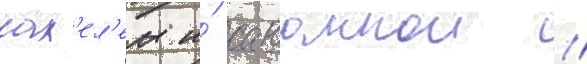
сах'ел'ем и́ саваннои //